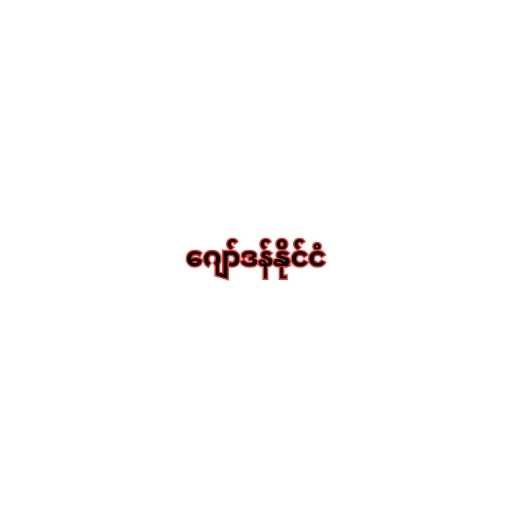
ဂျော်ဒန်နိုင်ငံ